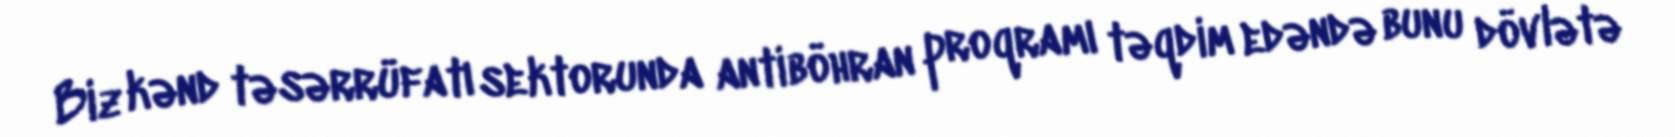
Biz kənd təsərrüfatı sektorunda antiböhran proqramı təqdim edəndə bunu dövlətə